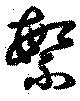
繁